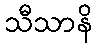
သီသာနိ